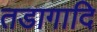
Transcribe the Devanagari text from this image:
तडागादि